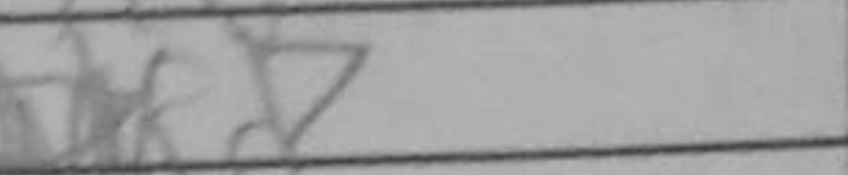
Transcription: Rd7